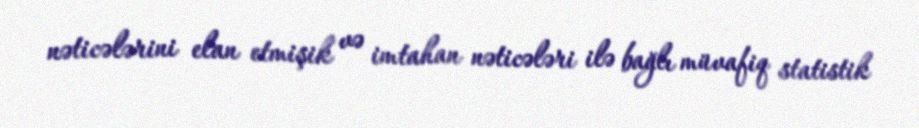
nəticələrini elan etmişik və imtahan nəticələri ilə bağlı müvafiq statistik